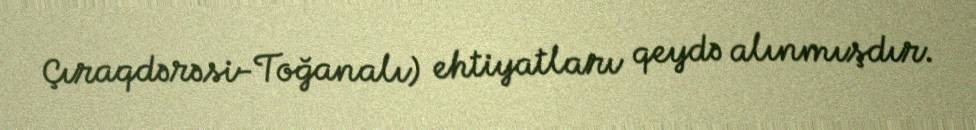
Çıraqdərəsi-Toğanalı) ehtiyatları qeydə alınmışdır.